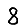
Digit: 8